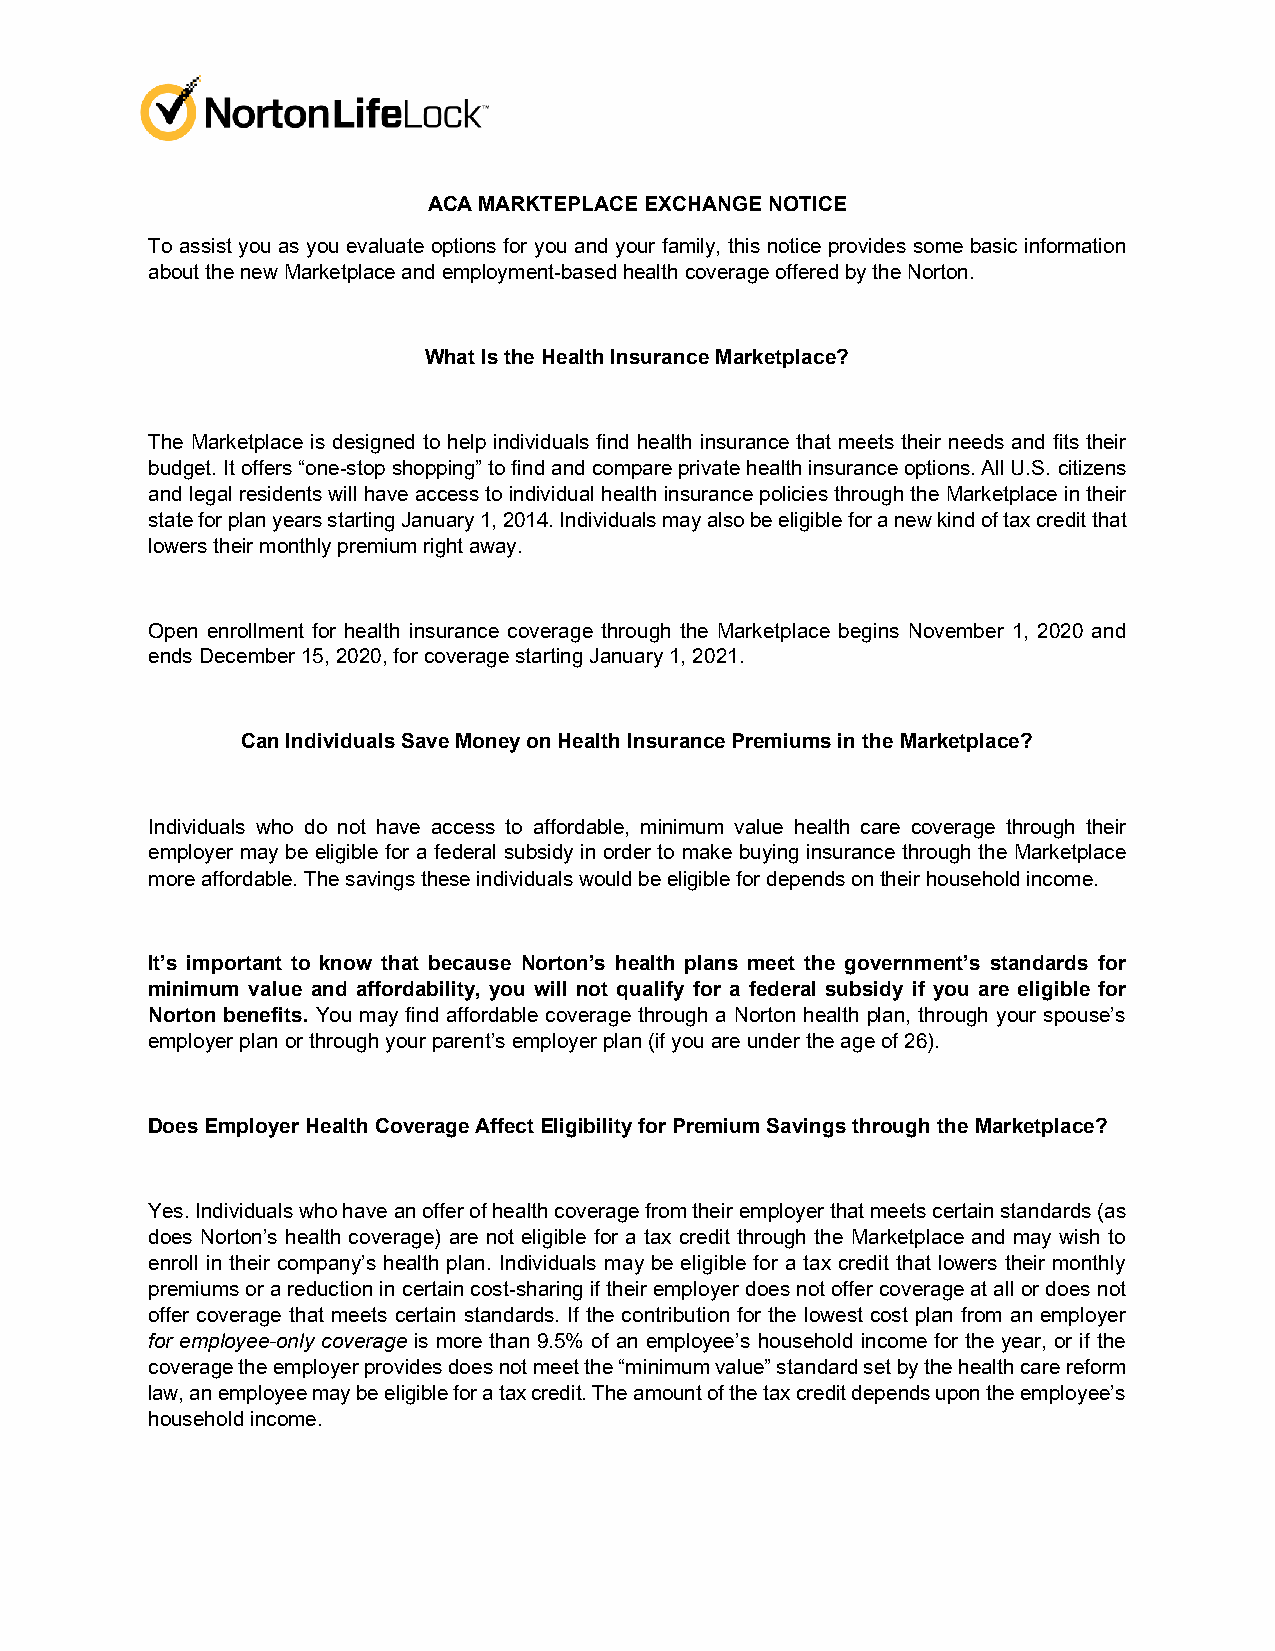
ACA MARKTEPLACE EXCHANGE NOTICE
 To assist you as you evaluate options for you and your family, this notice provides some basic information
 about the new Marketplace and employment-based health coverage offered by the Norton.
 What Is the Health Insurance Marketplace?
 The Marketplace is designed to help individuals find health insurance that meets their needs and fits their
 budget. It offers “one-stop shopping” to find and compare private health insurance options. All U.S. citizens
 and legal residents will have access to individual health insurance policies through the Marketplace in their
 state for plan years starting January 1, 2014. Individuals may also be eligible for a new kind of tax credit that
 lowers their monthly premium right away.
 Open enrollment for health insurance coverage through the Marketplace begins November 1, 2020 and
 ends December 15, 2020, for coverage starting January 1, 2021.
 Can Individuals Save Money on Health Insurance Premiums in the Marketplace?
 Individuals who do not have access to affordable, minimum value health care coverage through their
 employer may be eligible for a federal subsidy in order to make buying insurance through the Marketplace
 more affordable. The savings these individuals would be eligible for depends on their household income.
 It’s important to know that because Norton’s health plans meet the government’s standards for
 minimum value and affordability, you will not qualify for a federal subsidy if you are eligible for
 Norton benefits. You may find affordable coverage through a Norton health plan, through your spouse’s
 employer plan or through your parent’s employer plan (if you are under the age of 26).
 Does Employer Health Coverage Affect Eligibility for Premium Savings through the Marketplace?
 Yes. Individuals who have an offer of health coverage from their employer that meets certain standards (as
 does Norton’s health coverage) are not eligible for a tax credit through the Marketplace and may wish to
 enroll in their company’s health plan. Individuals may be eligible for a tax credit that lowers their monthly
 premiums or a reduction in certain cost-sharing if their employer does not offer coverage at all or does not
 offer coverage that meets certain standards. If the contribution for the lowest cost plan from an employer
 for employee-only coverage is more than 9.5% of an employee’s household income for the year, or if the
 coverage the employer provides does not meet the “minimum value” standard set by the health care reform
 law, an employee may be eligible for a tax credit. The amount of the tax credit depends upon the employee’s
 household income.